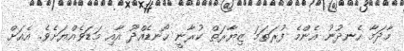
މާދަމާ ހެނދުނު އެންމެ ފުރަތަމަ ޒިޔާރަތް ކުރާނީ ހޯނޑެއްދޫ އާއި މަޑަވެއްޔަށެވެ. އެއަށް